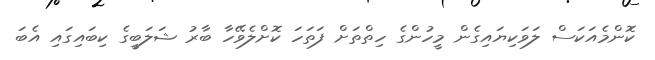
ކޮންމެއަކަސް ލަވަކިޔައިގެން މީހުންގެ ހިތްތަށް ފަތަހަ ކޮށްލެވޭހާ ބާރު ޝަލަބީގެ ކިބައިގައި އެބަ